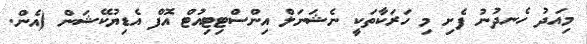
މިއަދު ހެނދުނު ފެށި މި ހަރަކާތަކީ ނެޝަނަލް އިންސްޓިޓިއުޓް އޮފް އެޑިޔުކޭޝަން (އެން.